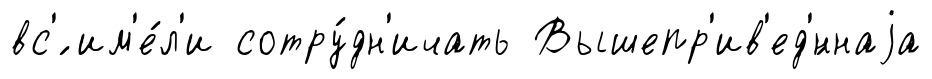
вс'́ им'е́л'и сотру́дн'ичать Вышепр'ив'ед'́ннаjа